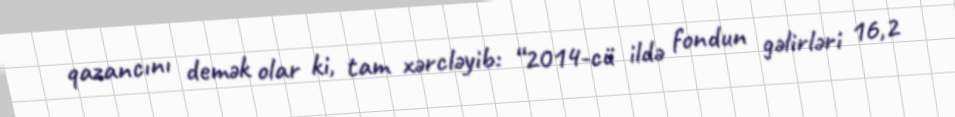
qazancını demək olar ki, tam xərcləyib: “2014-cü ildə fondun gəlirləri 16,2